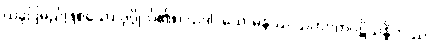
ယခုပြမည်ဖြစ်သော ပုဂ္ဂိုလ်၏။) ယဒါ, သောမနဿ သဟဂတပဋိသန္ဓိကဿ၊